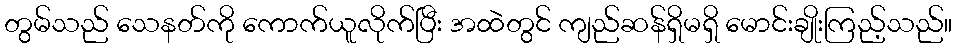
တွမ်သည် သေနတ်ကို ကောက်ယူလိုက်ပြီး အထဲတွင် ကျည်ဆန်ရှိမရှိ မောင်းချိုးကြည့်သည်။